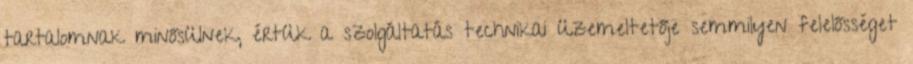
tartalomnak minősülnek, értük a szolgáltatás technikai üzemeltetője semmilyen felelősséget